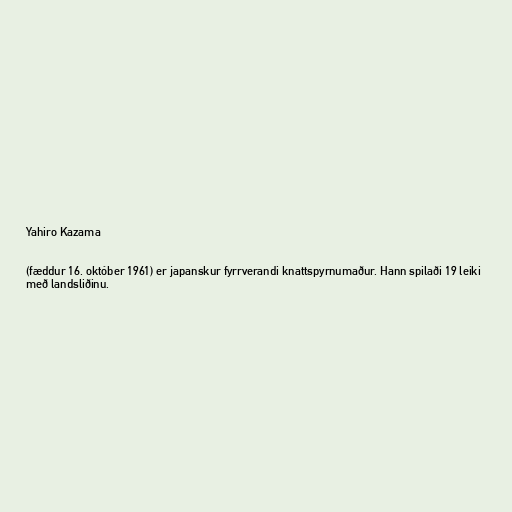
Yahiro Kazama

(fæddur 16. október 1961) er japanskur fyrrverandi knattspyrnumaður. Hann spilaði 19 leiki
með landsliðinu.